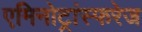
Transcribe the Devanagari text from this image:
एमिनोट्रांस्फरेज